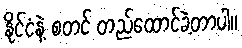
နိုင်ငံနဲ့ စတင် တည်ထောင်ခဲ့တာပါ။